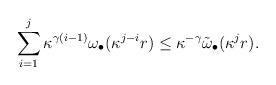
LaTeX: \begin{align*}\sum_{i=1}^j \kappa^{\gamma(i-1)}\omega_{\bullet}(\kappa^{j-i}r)\le \kappa^{-\gamma} \tilde{\omega}_{\bullet}(\kappa^j r).\end{align*}